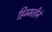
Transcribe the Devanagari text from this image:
हिम्मतीने